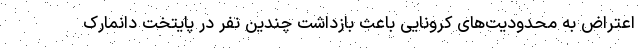
اعتراض به محدودیت‌های کرونایی باعث بازداشت چندین نفر در پایتخت دانمارک